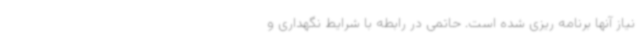
نیاز آنها برنامه ریزی شده است. حاتمی در رابطه با شرایط نگهداری و